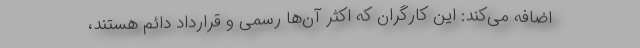
اضافه می‌کند: این کارگران که اکثر آن‌ها رسمی و قرارداد دائم هستند،